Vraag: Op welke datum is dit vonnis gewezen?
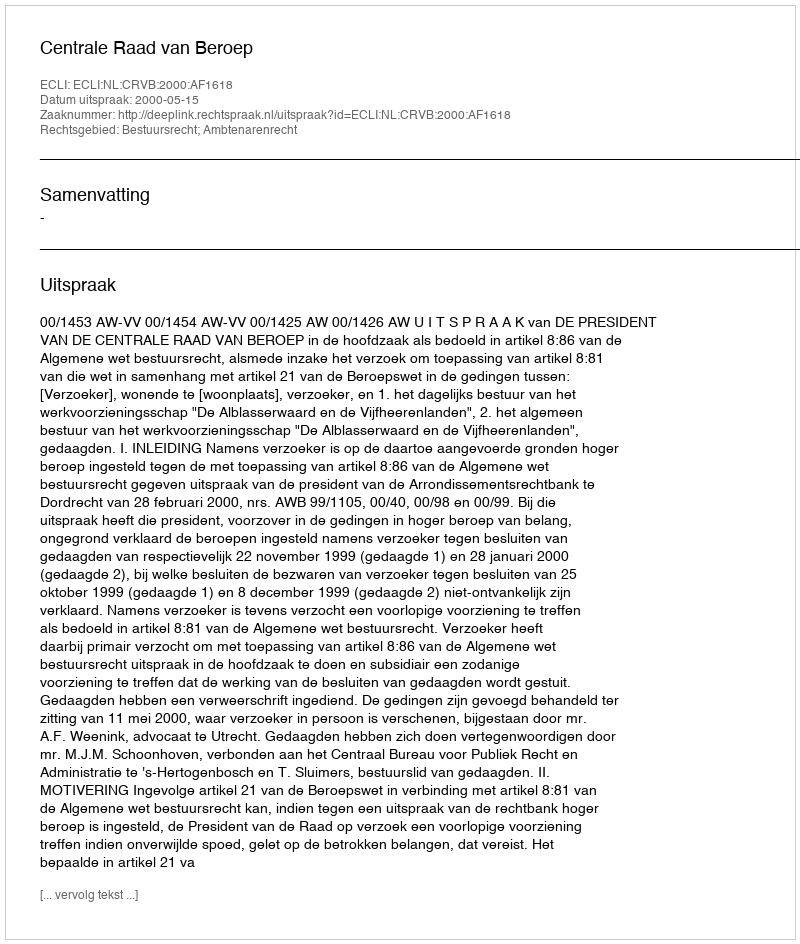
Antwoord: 2000-05-15